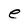
Character: e